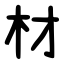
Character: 材